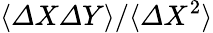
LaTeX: \langle{\mit\Delta}X{\mit\Delta}Y\rangle/\langle{\mit\Delta}X^{2}\rangle